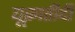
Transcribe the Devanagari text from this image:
यूक्रातीदी